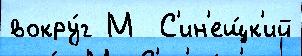
вокру́г М  С'ин'ещ́к'ий